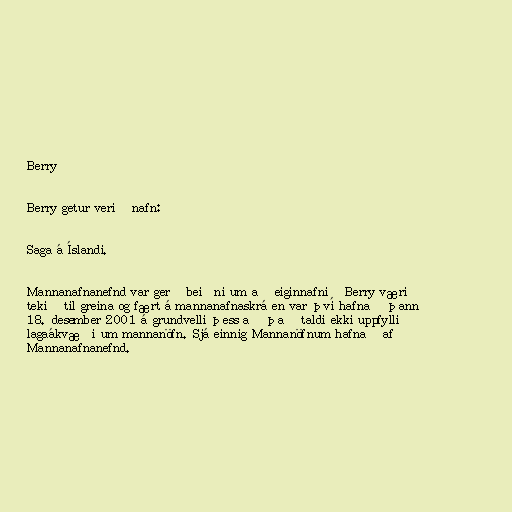
Berry

Berry getur verið nafn:

Saga á Íslandi.

Mannanafnanefnd var gerð beiðni um að eiginnafnið Berry væri
tekið til greina og fært á mannanafnaskrá en var því hafnað þann
18. desember 2001 á grundvelli þess að það taldi ekki uppfylli
lagaákvæði um mannanöfn. Sjá einnig Mannanöfnum hafnað af
Mannanafnanefnd.